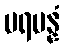
ပရမန္နံ